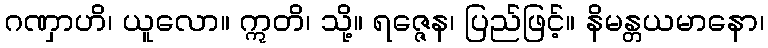
ဂဏှာဟိ၊ ယူလော။ ဣတိ၊ သို့။ ရဇ္ဇေန၊ ပြည်ဖြင့်။ နိမန္တယမာနော၊